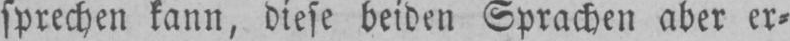
sprechen kann, diese beiden Sprachen aber er⸗